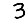
Digit: 3